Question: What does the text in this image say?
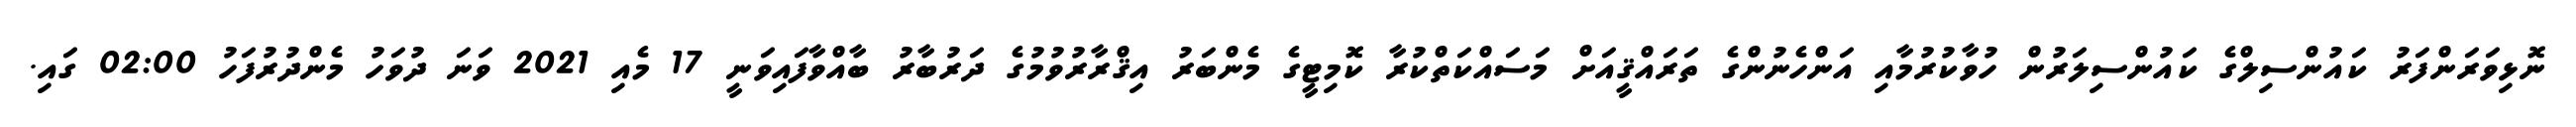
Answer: ނޮޅިވަރަންފަރު ކައުންސިލްގެ ކައުންސިލަރުން ހުވާކުރުމާއި އަންހެނުންގެ ތަރައްޤީއަށް މަސައްކަތްކުރާ ކޮމިޓީގެ މެންބަރު އިޤްރާރުވުމުގެ ދަރުބާރު ބާއްވާފައިވަނީ 17 މެއި 2021 ވަނަ ދުވަހު މެންދުރުފަހު 02:00 ގައި.